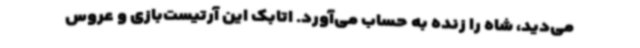
می‌دید، شاه را زنده به حساب می‌آورد. اتابک این آرتیست‌بازی و عروس